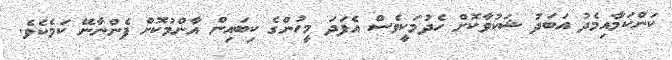
ކަންކަމާއިމެދު އަބަދު ޝަކުވާކޮށް ހެދުމަކީވެސް އެފަދަ މީހުންގެ ކިބައިން އާންމުކޮށް ފެންނާނޭ ކަމެކެވެ.